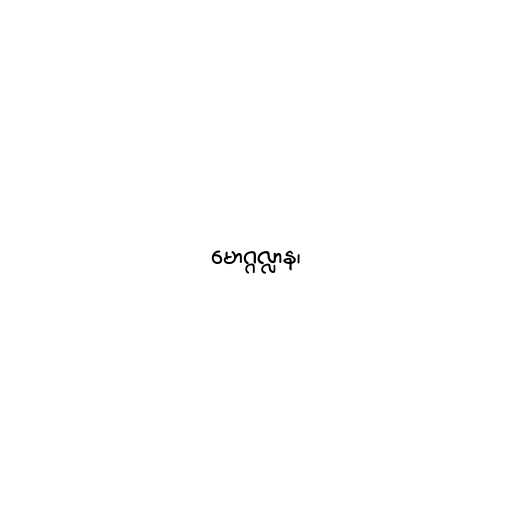
မောဂ္ဂလ္လာန၊